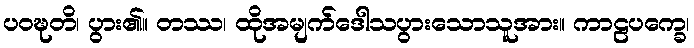
ပဝဍ္ဎတိ၊ ပွား၏။ တဿ၊ ထိုအမျက်ဒေါသပွားသောသူအား။ ကာဠပက္ခေ၊